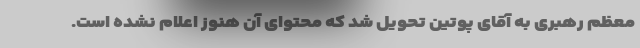
معظم رهبری به آقای پوتین تحویل شد که محتوای آن هنوز اعلام نشده است.